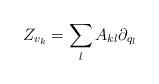
LaTeX: \begin{align*}Z_{v_k} = \sum_{l} A_{kl} \partial_{q_l}\end{align*}